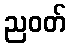
ညဝတ်